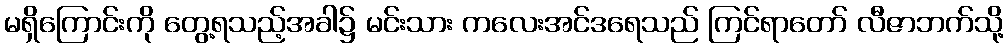
မရှိကြောင်းကို တွေ့ရသည့်အခါ၌ မင်းသား ကလေးအင်ဒရေသည် ကြင်ရာတော် လီဇာဘက်သို့